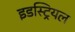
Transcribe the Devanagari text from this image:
इडस्ट्रियल